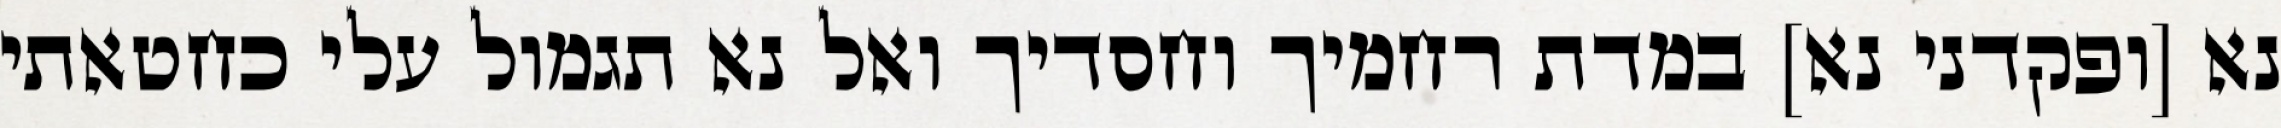
נא [ופקדני נא] במדת רחמיך וחסדיך ואל נא תגמול עלי כחטאתי